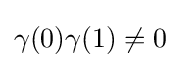
\gamma (0)\gamma (1)\neq 0